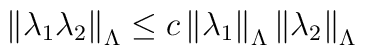
\left\| \lambda _1\lambda _2\right\| _\Lambda \leq c\left\| \lambda_1\right\| _\Lambda \left\| \lambda _2\right\| _\Lambda